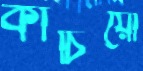
কাচিয়ো